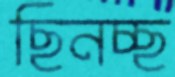
ছিনচ্ছ